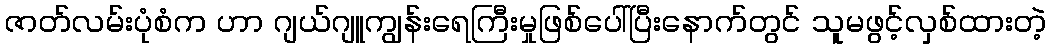
ဇာတ်လမ်းပုံစံက ဟာ ဂျယ်ဂျူကျွန်းရေကြီးမှုဖြစ်ပေါ်ပြီးနောက်တွင် သူမဖွင့်လှစ်ထားတဲ့